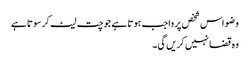
وضو اس شخص پر واجب ہوتا ہے جو چت لیٹ کر سوتا ہے
وہ قضا نہیں کریں گی۔